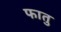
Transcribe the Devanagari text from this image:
फातु